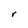
Character: r